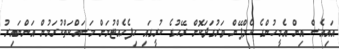
އައިއެސް އިން އެމީހުންގެ ކެމްޕޭން ވަރުގަދަކޮށް ރޭހުގެ ކުރީގައި ހިފެހެއްޓުމަށް މަސައްކަތްކުރަމުން އަންނައިރު